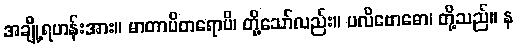
အချို့ရဟန်းအား။ မာတာပိတရောပိ၊ တို့သော်လည်း။ ပလိဗောဓော၊ တို့သည်။ န